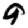
Digit: 9